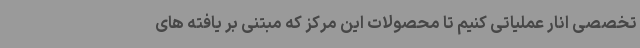
تخصصی انار عملیاتی کنیم تا محصولات این مرکز که مبتنی بر یافته های